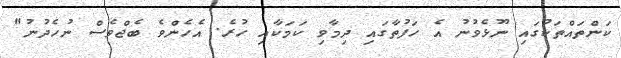
ކަންތައްތަކުގައި ނޫޅެވުނު އެ ހަފުތާގައި ދިމާވި ކަމަކާއި ހުރެ. އެހެންވެ ބެޖްވެސް ނުހެދުނު"